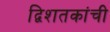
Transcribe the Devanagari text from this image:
द्विशतकांची